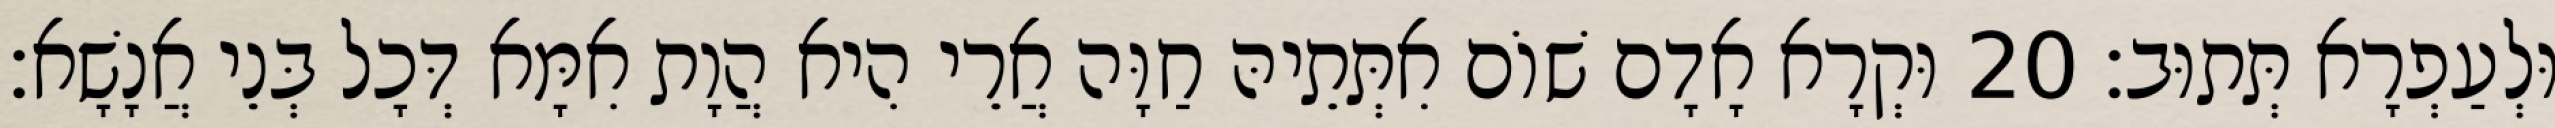
וּלְעַפְרָא תְּתוּב׃ 20 וּקְרָא אָדָם שׁוֹם אִתְּתֵיהּ חַוָּה אֲרֵי הִיא הֲוָת אִמָּא דְּכָל בְּנֵי אֲנָשָׁא׃